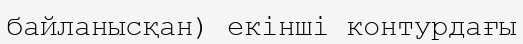
байланысқан) екінші контурдағы